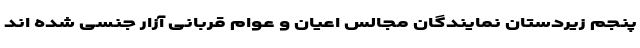
پنجم زیردستان نمایندگان مجالس اعیان و عوام قربانی آزار جنسی شده اند